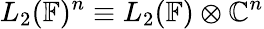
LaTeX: L_{2}(\mathbb{F})^{n}\equiv L_{2}(\mathbb{F})\otimes\mathbb{C}^{n}